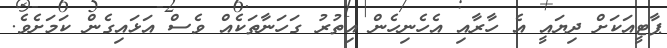
ޕާޓީއަކަށް ދިޔައީ އެ ހާރާއި އެހެނިހެން އިތުރު ގަހަނާތަކެއް ވެސް އަޅައިގެން ކަމަށެވެ.